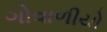
ગોવાળીયો